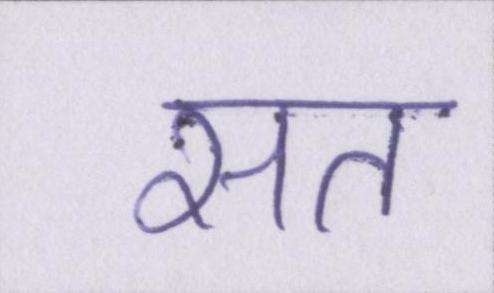
सत